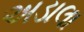
અડાલા